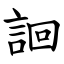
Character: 䛛